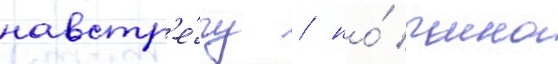
навстр'е́чу / но́ чино